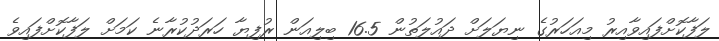
ލަފާކޮށްފައިވާއިރު މިއަހަރުގެ ނިޔަލަށް ދައުލަތުން 16.5 ބިލިއަން ރުފިޔާ ހަރަދުކުރާނެ ކަމަށް ލަފާކޮށްފައިވެ